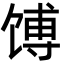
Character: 馎